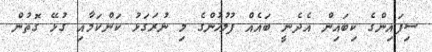
ސިފައިންގެ ކިބައިން އެދެނީ ބައެއް ފުލުހުންގެ މި ނުރަގަޅު ކަންކަމާއި ގުޅޭ ގޮތުން